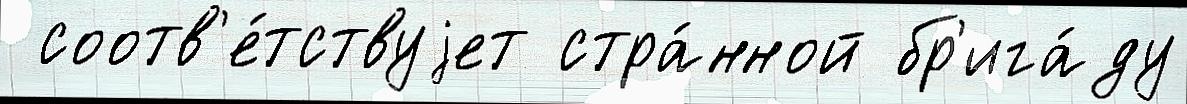
 соотв'е́тствуjет стра́нной бр'ига́ду